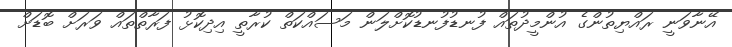
އޭނާވަނީ ރައްޔިތުންގެ އުންމީދުތައް ފުނޑުފުނޑުކޮށްލަން މަސައްކަތް ކުރާތީ އިދިކޮޅު ފަރާތްތައް ވަރަށް ބޮޑަށް